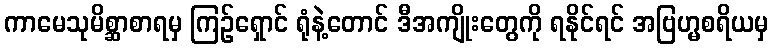
ကာမေသုမိစ္ဆာစာရမှ ကြဉ်ရှောင် ရုံနဲ့တောင် ဒီအကျိုးတွေကို ရနိုင်ရင် အဗြဟ္မစရိယမှ